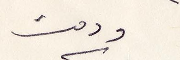
ودمت